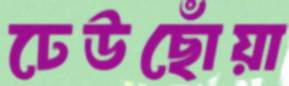
ঢেউছোঁয়া